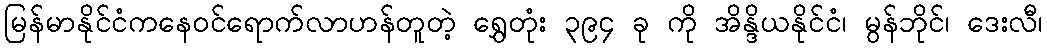
မြန်မာနိုင်ငံကနေဝင်ရောက်လာဟန်တူတဲ့ ရွှေတုံး ၃၉၄ ခု ကို အိန္ဒိယနိုင်ငံ၊ မွန်ဘိုင်၊ ဒေးလီ၊